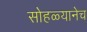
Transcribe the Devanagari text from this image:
सोहळ्यानेच